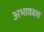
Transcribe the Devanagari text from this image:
अभाववश